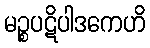
မဉ္စပဋိပါဒကေဟိ